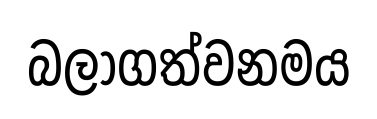
බලාගත්වනමය